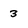
Character: 3